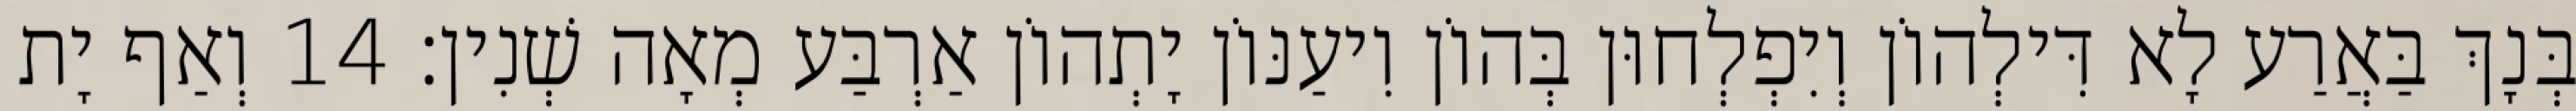
בְּנָךְ בַּאֲרַע לָא דִּילְהוֹן וְיִפְלְחוּן בְּהוֹן וִיעַנּוֹן יָתְהוֹן אַרְבַּע מְאָה שְׁנִין׃ 14 וְאַף יָת